Civil Veterinary Dept. Bombay admin report 1932-41 - 1932-1941
Year: 1932
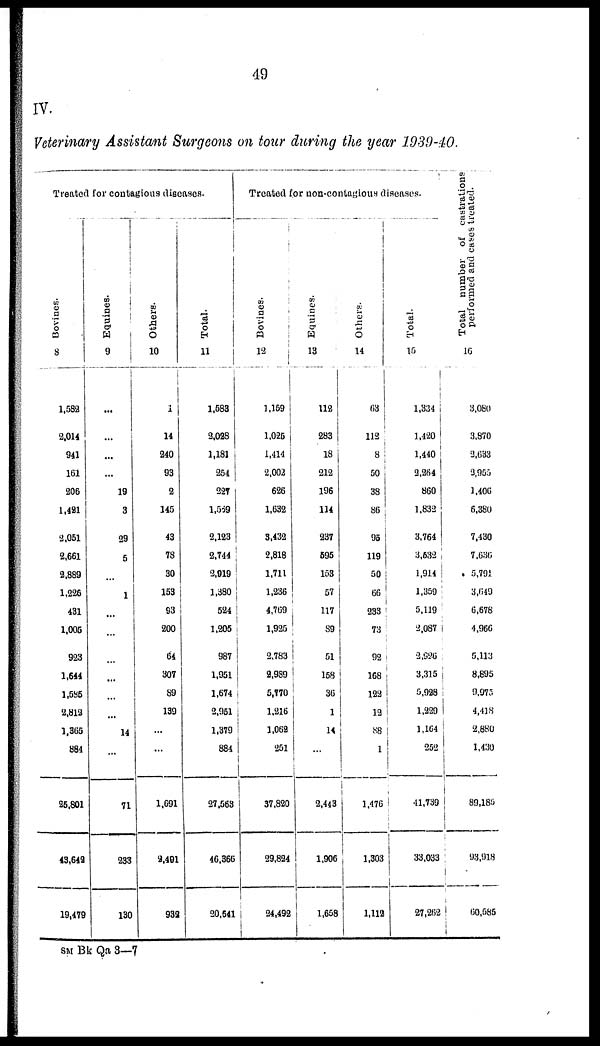
49
IV.
Veterinary Assistant Surgeons on tour during the year 1939-40.
Treated for contagious diseases.
Bovines.
8
1,582
2,014
941
161
206
1,421
2,051
2,661
2,889
1,226
431
1,005
923
1,644
1,585
2,812
1,365
884
25,801
43,649
19,479
Equines.
9
...
...
...
...
19
3
29
5
...
1
...
...
...
...
...
...
14
...
71
233
130
Others.
10
1
14
240
93
2
145
43
78
30
153
93
200
64
307
89
139
...
...
1,691
2,491
932
Total.
11
1,583
2,028
1,181
254
227
1,569
2,123
2,744
2,919
1,380
524
1,205
987
1,951
1,674
2,951
1,379
884
27,563
46,366
20,541
Treated for non-contagious diseases.
Bovines.
12
1,159
1,025
1,414
2,002
626
1,632
3,432
2,818
1,711
1,236
4,769
1,925
2,783
2,989
5,770
1,216
1,062
251
37,820
29,824
24,492
Equines.
13
112
283
18
212
196
114
237
595
153
57
117
89
51
158
36
1
14
...
2,443
1,906
1,658
Others.
14
63
112
8
50
38
86
95
119
50
66
233
73
92
168
122
12
88
1
1,476
1,303
1,112
Total.
15
1,334
1,420
1,440
2,264
860
1.832
3,764
3,532
1,914
1,359
5,119
2,087
2,926
3,315
5,928
1,229
1,164
252
41,739
33,033
27,262
Total number of castrations
performed and cases treated.
16
3,080
3,870
2,633
3,955
1,406
6,380
7,430
7,636
5,791
3,649
6,678
4,966
5,113
8,895
9,975
4,418
2,880
1,430
89,185
93,918
60,585
SM Bk Qa 3—7